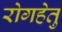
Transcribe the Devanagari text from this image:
रोगहेतु